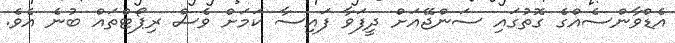
އެޑްވާންސެއްގެ ގޮތުގައި ސަންޖޭއަށް ދީފަވާ ފައިސާ ކަމަށް ވެސް ރިޕޯޓްތައް ބުނެ އެވެ.